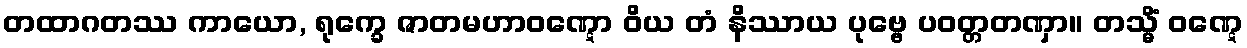
တထာဂတဿ ကာယော, ရုက္ခေ ဇာတမဟာဝဏ္ဋော ဝိယ တံ နိဿာယ ပုဗ္ဗေ ပဝတ္တတဏှာ။ တသ္မိံ ဝဏ္ဋေ